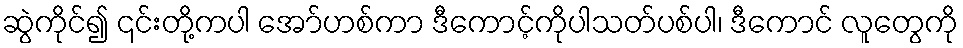
ဆွဲကိုင်၍ ၎င်းတို့ကပါ အော်ဟစ်ကာ ဒီကောင့်ကိုပါသတ်ပစ်ပါ၊ ဒီကောင် လူတွေကို